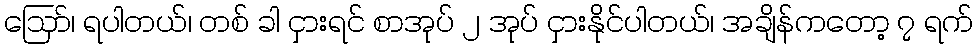
ဪ၊ ရပါတယ်၊ တစ် ခါ ငှားရင် စာအုပ် ၂ အုပ် ငှားနိုင်ပါတယ်၊ အချိန်ကတော့ ၇ ရက်